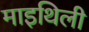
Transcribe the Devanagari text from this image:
माइथिली